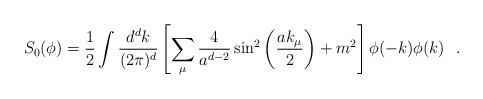
\begin{align*}S_0(\phi)=\frac{1}{2}\int\frac{d^dk}{(2\pi)^d}\left[\sum_\mu\frac{4}{a^{d-2}}\sin^2\left(\frac{ak_\mu}{2}\right)+ m^2\right]\phi(-k)\phi(k)\ \ .\end{align*}